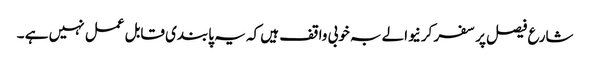
شارع فیصل پر سفر کرنیوالے بہ خوبی واقف ہیں کہ یہ پابندی قابل عمل نہیں ہے ۔